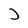
Character: J